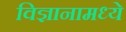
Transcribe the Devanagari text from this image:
विज्ञानामध्ये